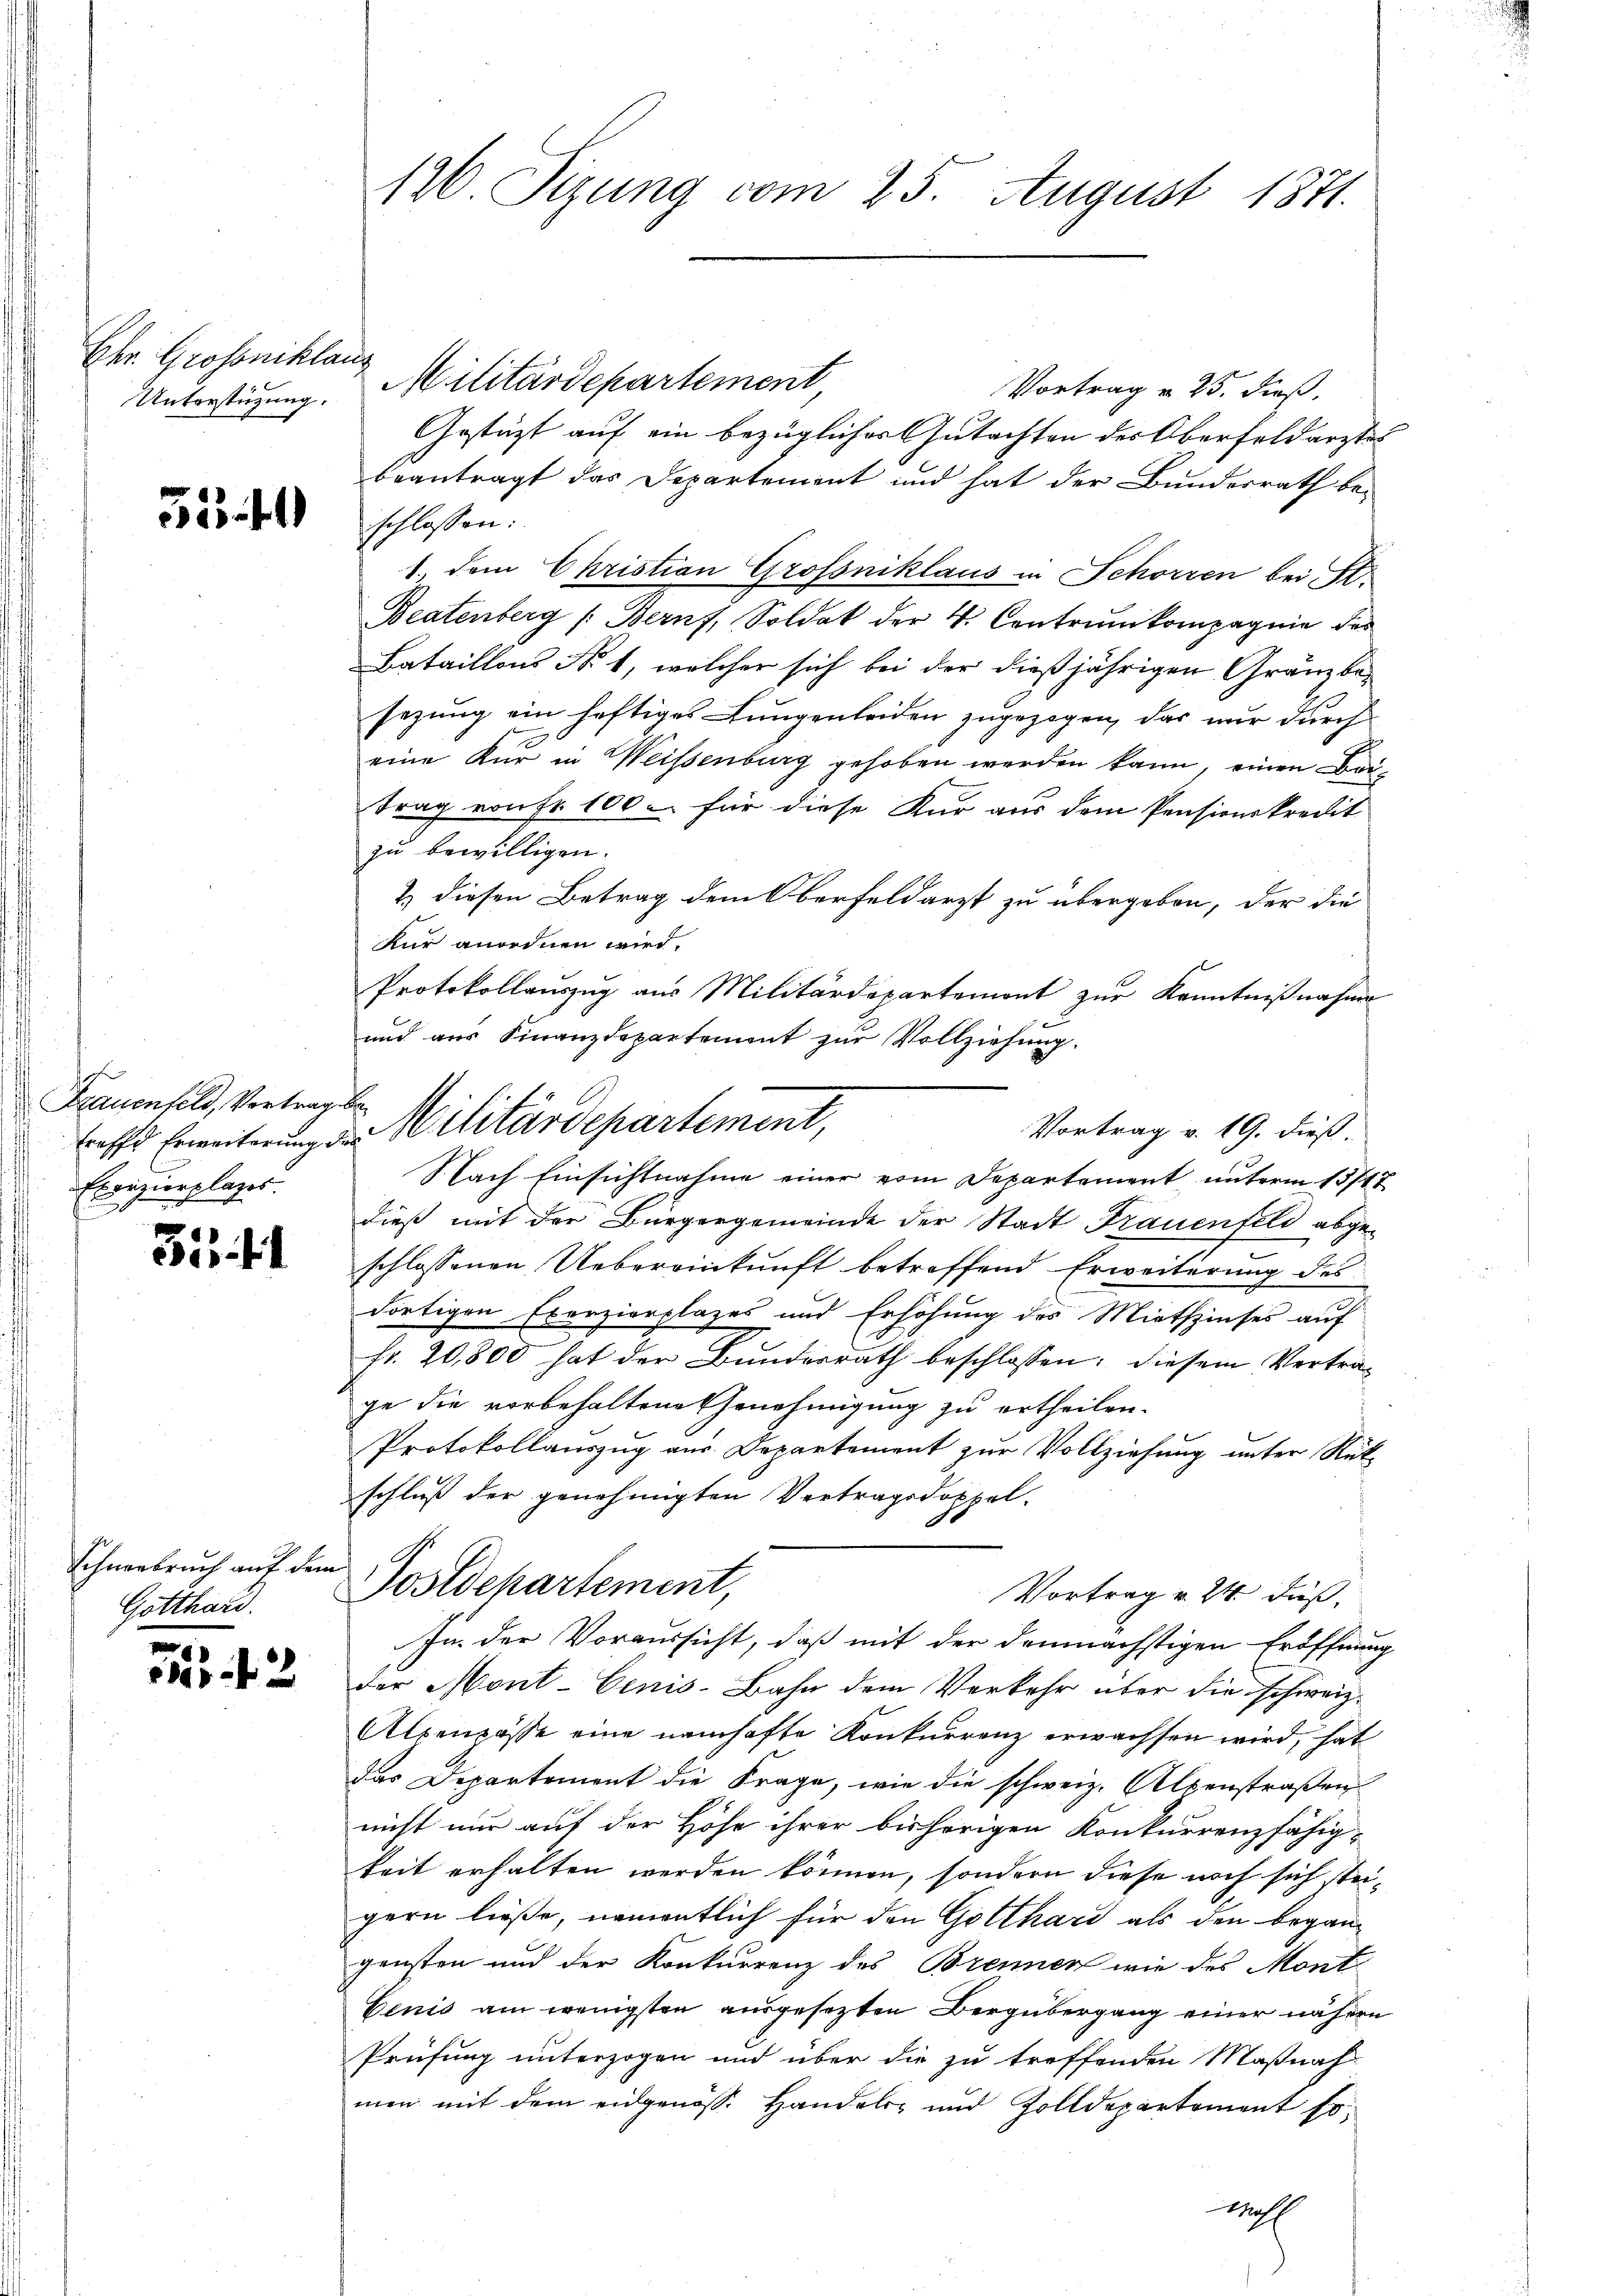
Ehr. Grossniklang
Unterstützung.

5341

Frauenfeld, Vertrag be¬
Exvizierplages.

31

Schneebruch auf dem
Gotthard.

.

126 Sizung vom 25. August 1871.

Militärdepartement
Vortrag u. 25. dieß.
Gestützt auf ein bezüglicher Gutachten des Oberfeldarztes
beantragt das Departement und hat der Bundesrath be-
schlossen:
1 dem Christian Grossniklaus in Schörzen bei St.
Beatenberg /: Bernf, Soldat der 4. Contrinkompagnie des
Bataillons No 1, welcher sich bei der dießjährigen Gränzbesezung ein heftiges Lungenleiden zugezogen, das nur durch
eine Kur in Weissenburg gehoben werden kann, einen Beitrag von fr. 100 für diese Kur aus dem Pensionskredit
zu bewilligen.
2) diesen Betrag dem Oberfeldarzt zu übergeben, der die
kur anordnen wird,
Protokollauszug aus Militärdepartemont zur Kenntnißnahme
und aus Finanzdepartement zur Vollziehung.
Vortrag v. 19. dieß.
Nach Einsichtnahme einer vom Departement unterm 13/17
dieß mit der Bürgergemeinde der Stadt Frauenfeld abgeschlossenen Uebereinkunft betreffend Erweiterung des
dortigen Exerzierplazes und Erhöhung des Miethzinses auf
Fr. 20,800 hat der Bundesrath beschlossen; diesem Vertrage die vorbehaltene Genehmigung zu ertheilen.
Protokollauszug aus Departement zur Vollziehung unter Rükschluß der genehmigten Vertragsdoppel-
Postdepartement,
Vortrag v. 24. Fuß,
In der Voraussicht, daß mit der demnächstigen Eröffnung
der Mont-Cenis-Bahn dem Verkehr über die schweiz.
Alpenpässe eine namhafte Konkurrenz erwachsen wird, hat
das Departement die Frage, wie die schweiz. Alpenstraßen
nicht nur auf der Höhe ihrer bisherigen Konkurrenzfähig-
keit erhalten werden können, sondern diese noch sich steigern ließe, namentlich für den Gotthard als den begangensten und der Konkurrenz des Brennen wie des Monte
Benis am wenigsten ausgesetzten Bergübergang einer nähern
Prüfung unterzogen und über die zu treffenden Maßnah
men mit dem eidgenöss. Handels- und Zolldepartement so
M

toffe Erweiterung der Militärdepartement,